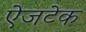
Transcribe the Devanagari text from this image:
ऐजटेक